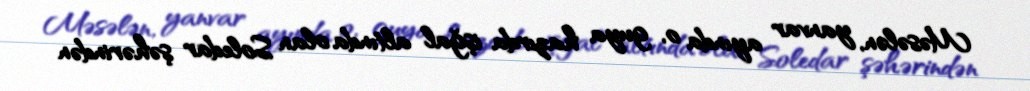
Məsələn, yanvar ayında o, guya hazırda işğal altında olan Soledar şəhərindən